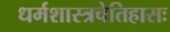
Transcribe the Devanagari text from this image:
धर्मशास्त्रचेतिहासः